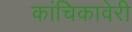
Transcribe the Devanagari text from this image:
कांचिकावेरी